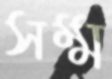
সম্ম